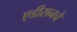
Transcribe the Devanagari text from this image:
एडीसनचे